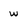
Character: w